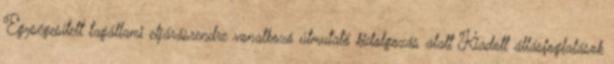
Egységesített tagállami eljárásrendre vonatkozó útmutató kidolgozás alatt Kiadott állásfoglalások